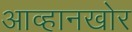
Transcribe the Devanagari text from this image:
आव्हानखोर